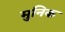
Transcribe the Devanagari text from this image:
मुनिक